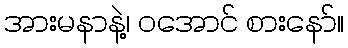
အားမနာနဲ့၊ ဝအောင် စားနော်။